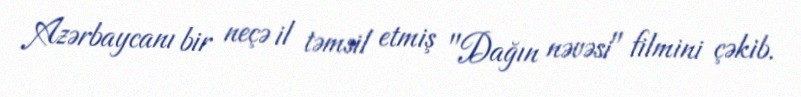
Azərbaycanı bir neçə il təmsil etmiş "Dağın nəvəsi" filmini çəkib.